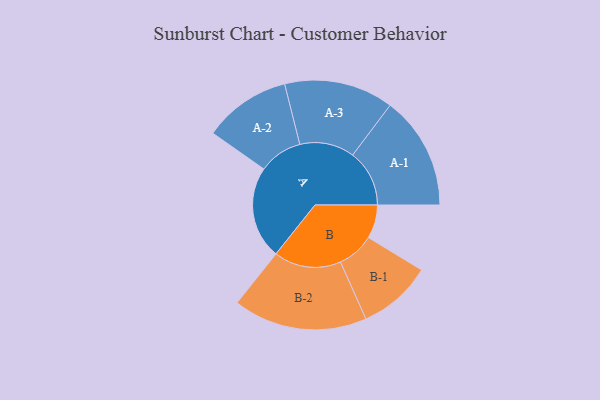
{"axis": {"x": "Segment", "y": "Value"}, "legend": ["", "A", "B"], "data": [{"x": "A", "y": 403, "type": ""}, {"x": "B", "y": 146, "type": ""}, {"x": "A-1", "y": 247, "type": "A"}, {"x": "A-2", "y": 190, "type": "A"}, {"x": "A-3", "y": 238, "type": "A"}, {"x": "B-1", "y": 161, "type": "B"}, {"x": "B-2", "y": 292, "type": "B"}]}